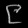
Digit: ၉